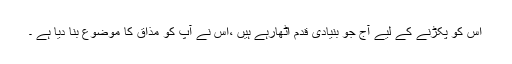
اس کو پکڑنے کے لیے آج جو بنیادی قدم اٹھارہے ہیں ،اس نے آپ کو مذاق کا موضوع بنا دیا ہے ۔